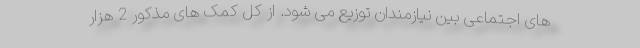
های اجتماعی بین نیازمندان توزیع می شود. از کل کمک های مذکور 2 هزار